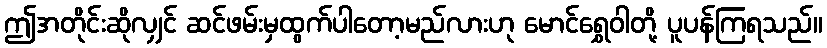
ဤအတိုင်းဆိုလျှင် ဆင်ဖမ်းမှထွက်ပါတော့မည်လားဟု မောင်ရွှေဝါတို့ ပူပန်ကြရသည်။